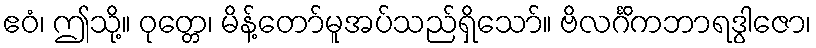
ဧဝံ၊ ဤသို့။ ဝုတ္တေ၊ မိန့်တော်မူအပ်သည်ရှိသော်။ ဗိလင်္ဂိကဘာရဒွါဇော၊